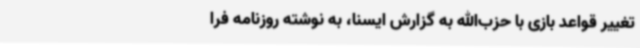
تغییر قواعد بازی با حزب‌الله به گزارش ایسنا، به نوشته روزنامه فرا